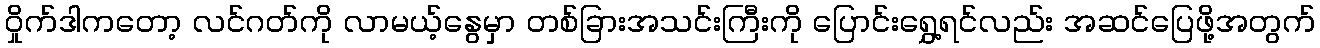
ဝှိုက်ဒါကတော့ လင်ဂတ်ကို လာမယ့်နွေမှာ တစ်ခြားအသင်းကြီးကို ပြောင်းရွှေ့ရင်လည်း အဆင်ပြေဖို့အတွက်